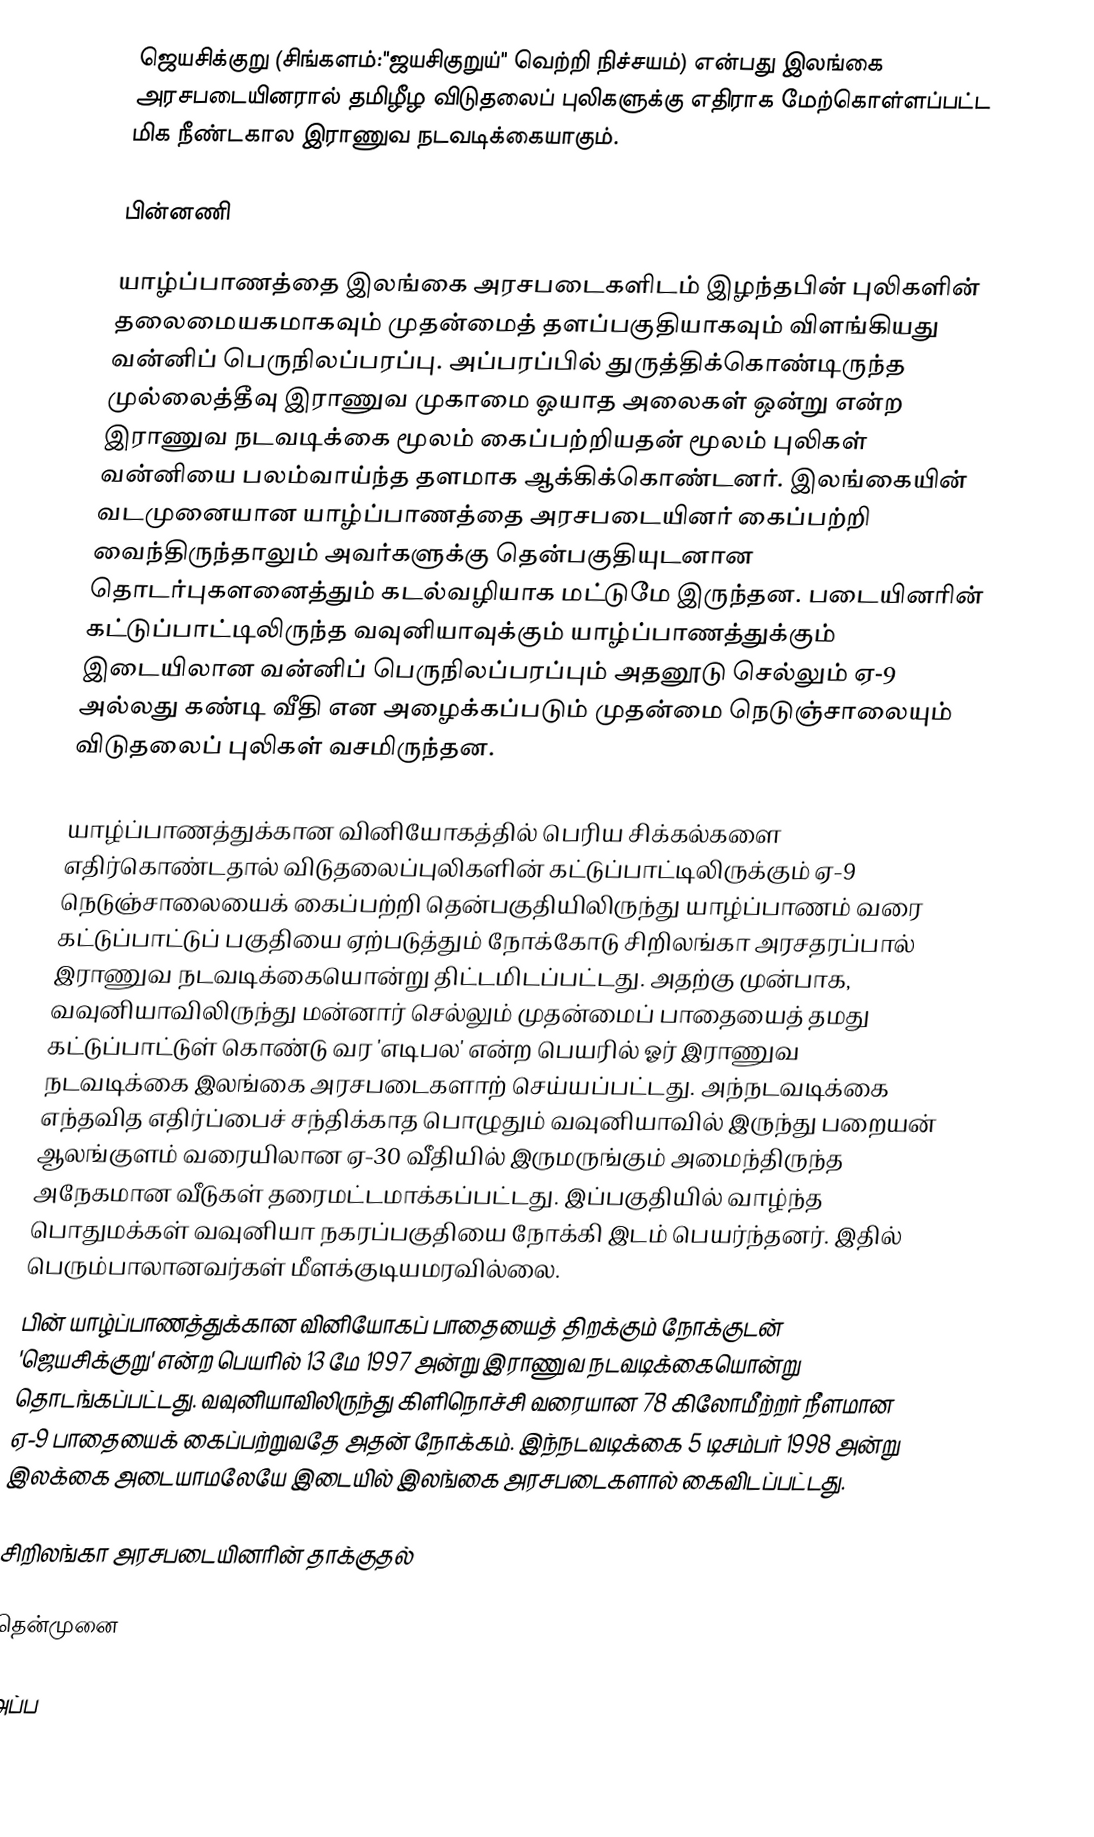
ஜெயசிக்குறு (சிங்களம்:"ஜயசிகுறுய்" வெற்றி நிச்சயம்) என்பது இலங்கை அரசபடையினரால் தமிழீழ விடுதலைப் புலிகளுக்கு எதிராக மேற்கொள்ளப்பட்ட மிக நீண்டகால இராணுவ நடவடிக்கையாகும்.

பின்னணி

யாழ்ப்பாணத்தை இலங்கை அரசபடைகளிடம் இழந்தபின் புலிகளின் தலைமையகமாகவும் முதன்மைத் தளப்பகுதியாகவும் விளங்கியது வன்னிப் பெருநிலப்பரப்பு. அப்பரப்பில் துருத்திக்கொண்டிருந்த முல்லைத்தீவு இராணுவ முகாமை  ஓயாத அலைகள் ஒன்று  என்ற இராணுவ நடவடிக்கை மூலம் கைப்பற்றியதன் மூலம் புலிகள் வன்னியை பலம்வாய்ந்த தளமாக ஆக்கிக்கொண்டனர். இலங்கையின் வடமுனையான யாழ்ப்பாணத்தை அரசபடையினர் கைப்பற்றி வைந்திருந்தாலும் அவர்களுக்கு தென்பகுதியுடனான தொடர்புகளனைத்தும் கடல்வழியாக மட்டுமே இருந்தன. படையினரின் கட்டுப்பாட்டிலிருந்த வவுனியாவுக்கும் யாழ்ப்பாணத்துக்கும் இடையிலான வன்னிப் பெருநிலப்பரப்பும் அதனூடு செல்லும் ஏ-9 அல்லது கண்டி வீதி என அழைக்கப்படும் முதன்மை நெடுஞ்சாலையும் விடுதலைப் புலிகள் வசமிருந்தன.

யாழ்ப்பாணத்துக்கான வினியோகத்தில் பெரிய சிக்கல்களை எதிர்கொண்டதால் விடுதலைப்புலிகளின் கட்டுப்பாட்டிலிருக்கும் ஏ-9 நெடுஞ்சாலையைக் கைப்பற்றி தென்பகுதியிலிருந்து யாழ்ப்பாணம் வரை கட்டுப்பாட்டுப் பகுதியை ஏற்படுத்தும் நோக்கோடு சிறிலங்கா அரசதரப்பால் இராணுவ நடவடிக்கையொன்று திட்டமிடப்பட்டது. அதற்கு முன்பாக, வவுனியாவிலிருந்து மன்னார் செல்லும் முதன்மைப் பாதையைத் தமது கட்டுப்பாட்டுள் கொண்டு வர 'எடிபல' என்ற பெயரில் ஓர் இராணுவ நடவடிக்கை இலங்கை அரசபடைகளாற் செய்யப்பட்டது. அந்நடவடிக்கை எந்தவித எதிர்ப்பைச் சந்திக்காத பொழுதும் வவுனியாவில் இருந்து பறையன் ஆலங்குளம் வரையிலான ஏ-30 வீதியில் இருமருங்கும் அமைந்திருந்த அநேகமான வீடுகள் தரைமட்டமாக்கப்பட்டது. இப்பகுதியில் வாழ்ந்த பொதுமக்கள் வவுனியா நகரப்பகுதியை நோக்கி இடம் பெயர்ந்தனர். இதில் பெரும்பாலானவர்கள் மீளக்குடியமரவில்லை.
பின் யாழ்ப்பாணத்துக்கான வினியோகப் பாதையைத் திறக்கும் நோக்குடன் 'ஜெயசிக்குறு' என்ற பெயரில் 13 மே 1997 அன்று இராணுவ நடவடிக்கையொன்று தொடங்கப்பட்டது. வவுனியாவிலிருந்து கிளிநொச்சி வரையான 78 கிலோமீற்றர் நீளமான ஏ-9 பாதையைக் கைப்பற்றுவதே அதன் நோக்கம். இந்நடவடிக்கை 5 டிசம்பர் 1998 அன்று இலக்கை அடையாமலேயே இடையில் இலங்கை அரசபடைகளால் கைவிடப்பட்டது.

சிறிலங்கா அரசபடையினரின் தாக்குதல்

தென்முனை

அப்ப